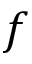
f